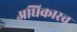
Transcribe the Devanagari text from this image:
अधिकारच